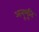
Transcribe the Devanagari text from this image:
अनूभूति